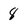
Character: 8